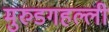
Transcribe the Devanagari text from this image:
मुरुडगहल्ली